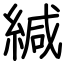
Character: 緘